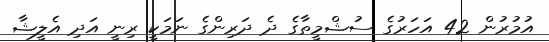
އުމުރުން 42 އަހަރުގެ ސުޝްމީތާގެ ދެ ދަރިންގެ ނަމަކީ ރިނީ އަދި އެލީޝާ